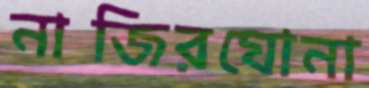
নাজিরঘোনা